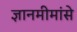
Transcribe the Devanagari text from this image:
ज्ञानमीमांसे